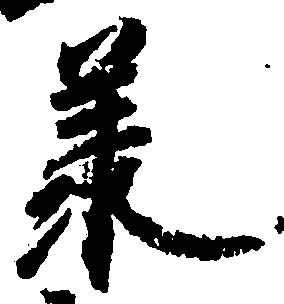
承